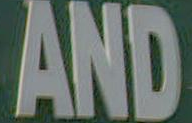
AND